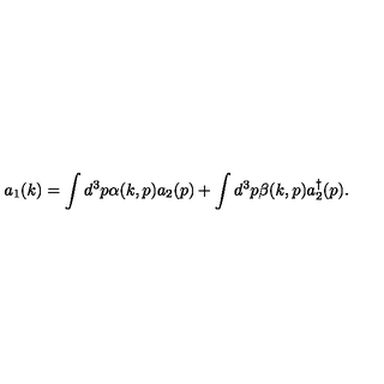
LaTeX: a _ { 1 } ( k ) = \int d ^ { 3 } p \alpha ( k , p ) a _ { 2 } ( p ) + \int d ^ { 3 } p \beta ( k , p ) a _ { 2 } ^ { \dagger } ( p ) .